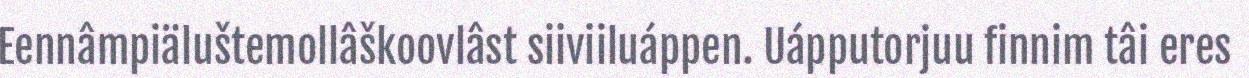
Eennâmpiäluštemollâškoovlâst siiviiluáppen. Uápputorjuu finnim tâi eres